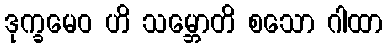
ဒုက္ခမေဝ ဟိ သမ္ဘောတိ စသော ဂါထာ